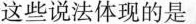
这些说法体现的是